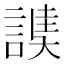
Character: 䜁